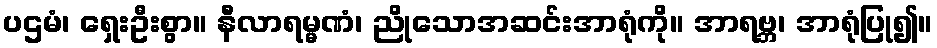
ပဌမံ၊ ရှေးဦးစွာ။ နီလာရမ္မဏံ၊ ညိုသောအဆင်းအာရုံကို။ အာရဗ္ဘ၊ အာရုံပြု၍။